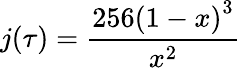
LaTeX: j(\tau)={\frac{256\left(1-x\right)^{3}}{x^{2}}}